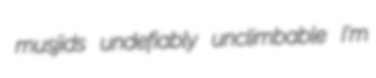
musjids undefiably unclimbable I'm